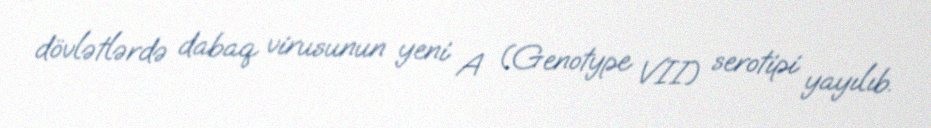
dövlətlərdə dabaq virusunun yeni A (Genotype VII) serotipi yayılıb.